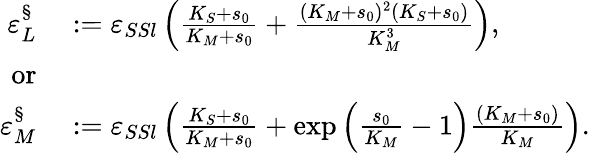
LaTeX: \begin{array}{rl}{\varepsilon_{L}^{\S}}&{{}:=\varepsilon_{SSl}\left(\frac{K_{S}+s_{0}}{K_{M}+s_{0}}+\frac{(K_{M}+s_{0})^{2}(K_{S}+s_{0})}{K_{M}^{3}}\right),}\\ {\mathrm{or}}\\ {\varepsilon_{M}^{\S}}&{{}:=\varepsilon_{SSl}\left(\frac{K_{S}+s_{0}}{K_{M}+s_{0}}+\exp\left(\frac{s_{0}}{K_{M}}-1\right)\frac{(K_{M}+s_{0})}{K_{M}}\right).}\end{array}